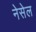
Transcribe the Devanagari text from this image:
नेसेल